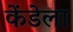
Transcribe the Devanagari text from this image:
केंडेला